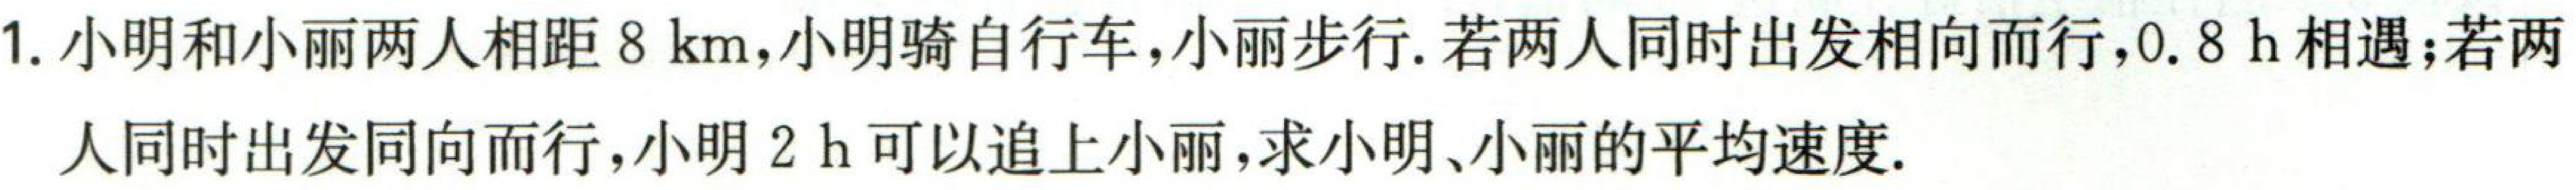
1. 小明和小丽两人相距\(8\ \text{km}\)，小明骑自行车，小丽步行. 若两人同时出发相向而行，\(0.8\ \text{h}\)相遇；若两
人同时出发同向而行，小明\(2\ \text{h}\)可以追上小丽，求小明、小丽的平均速度.